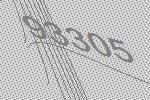
93305